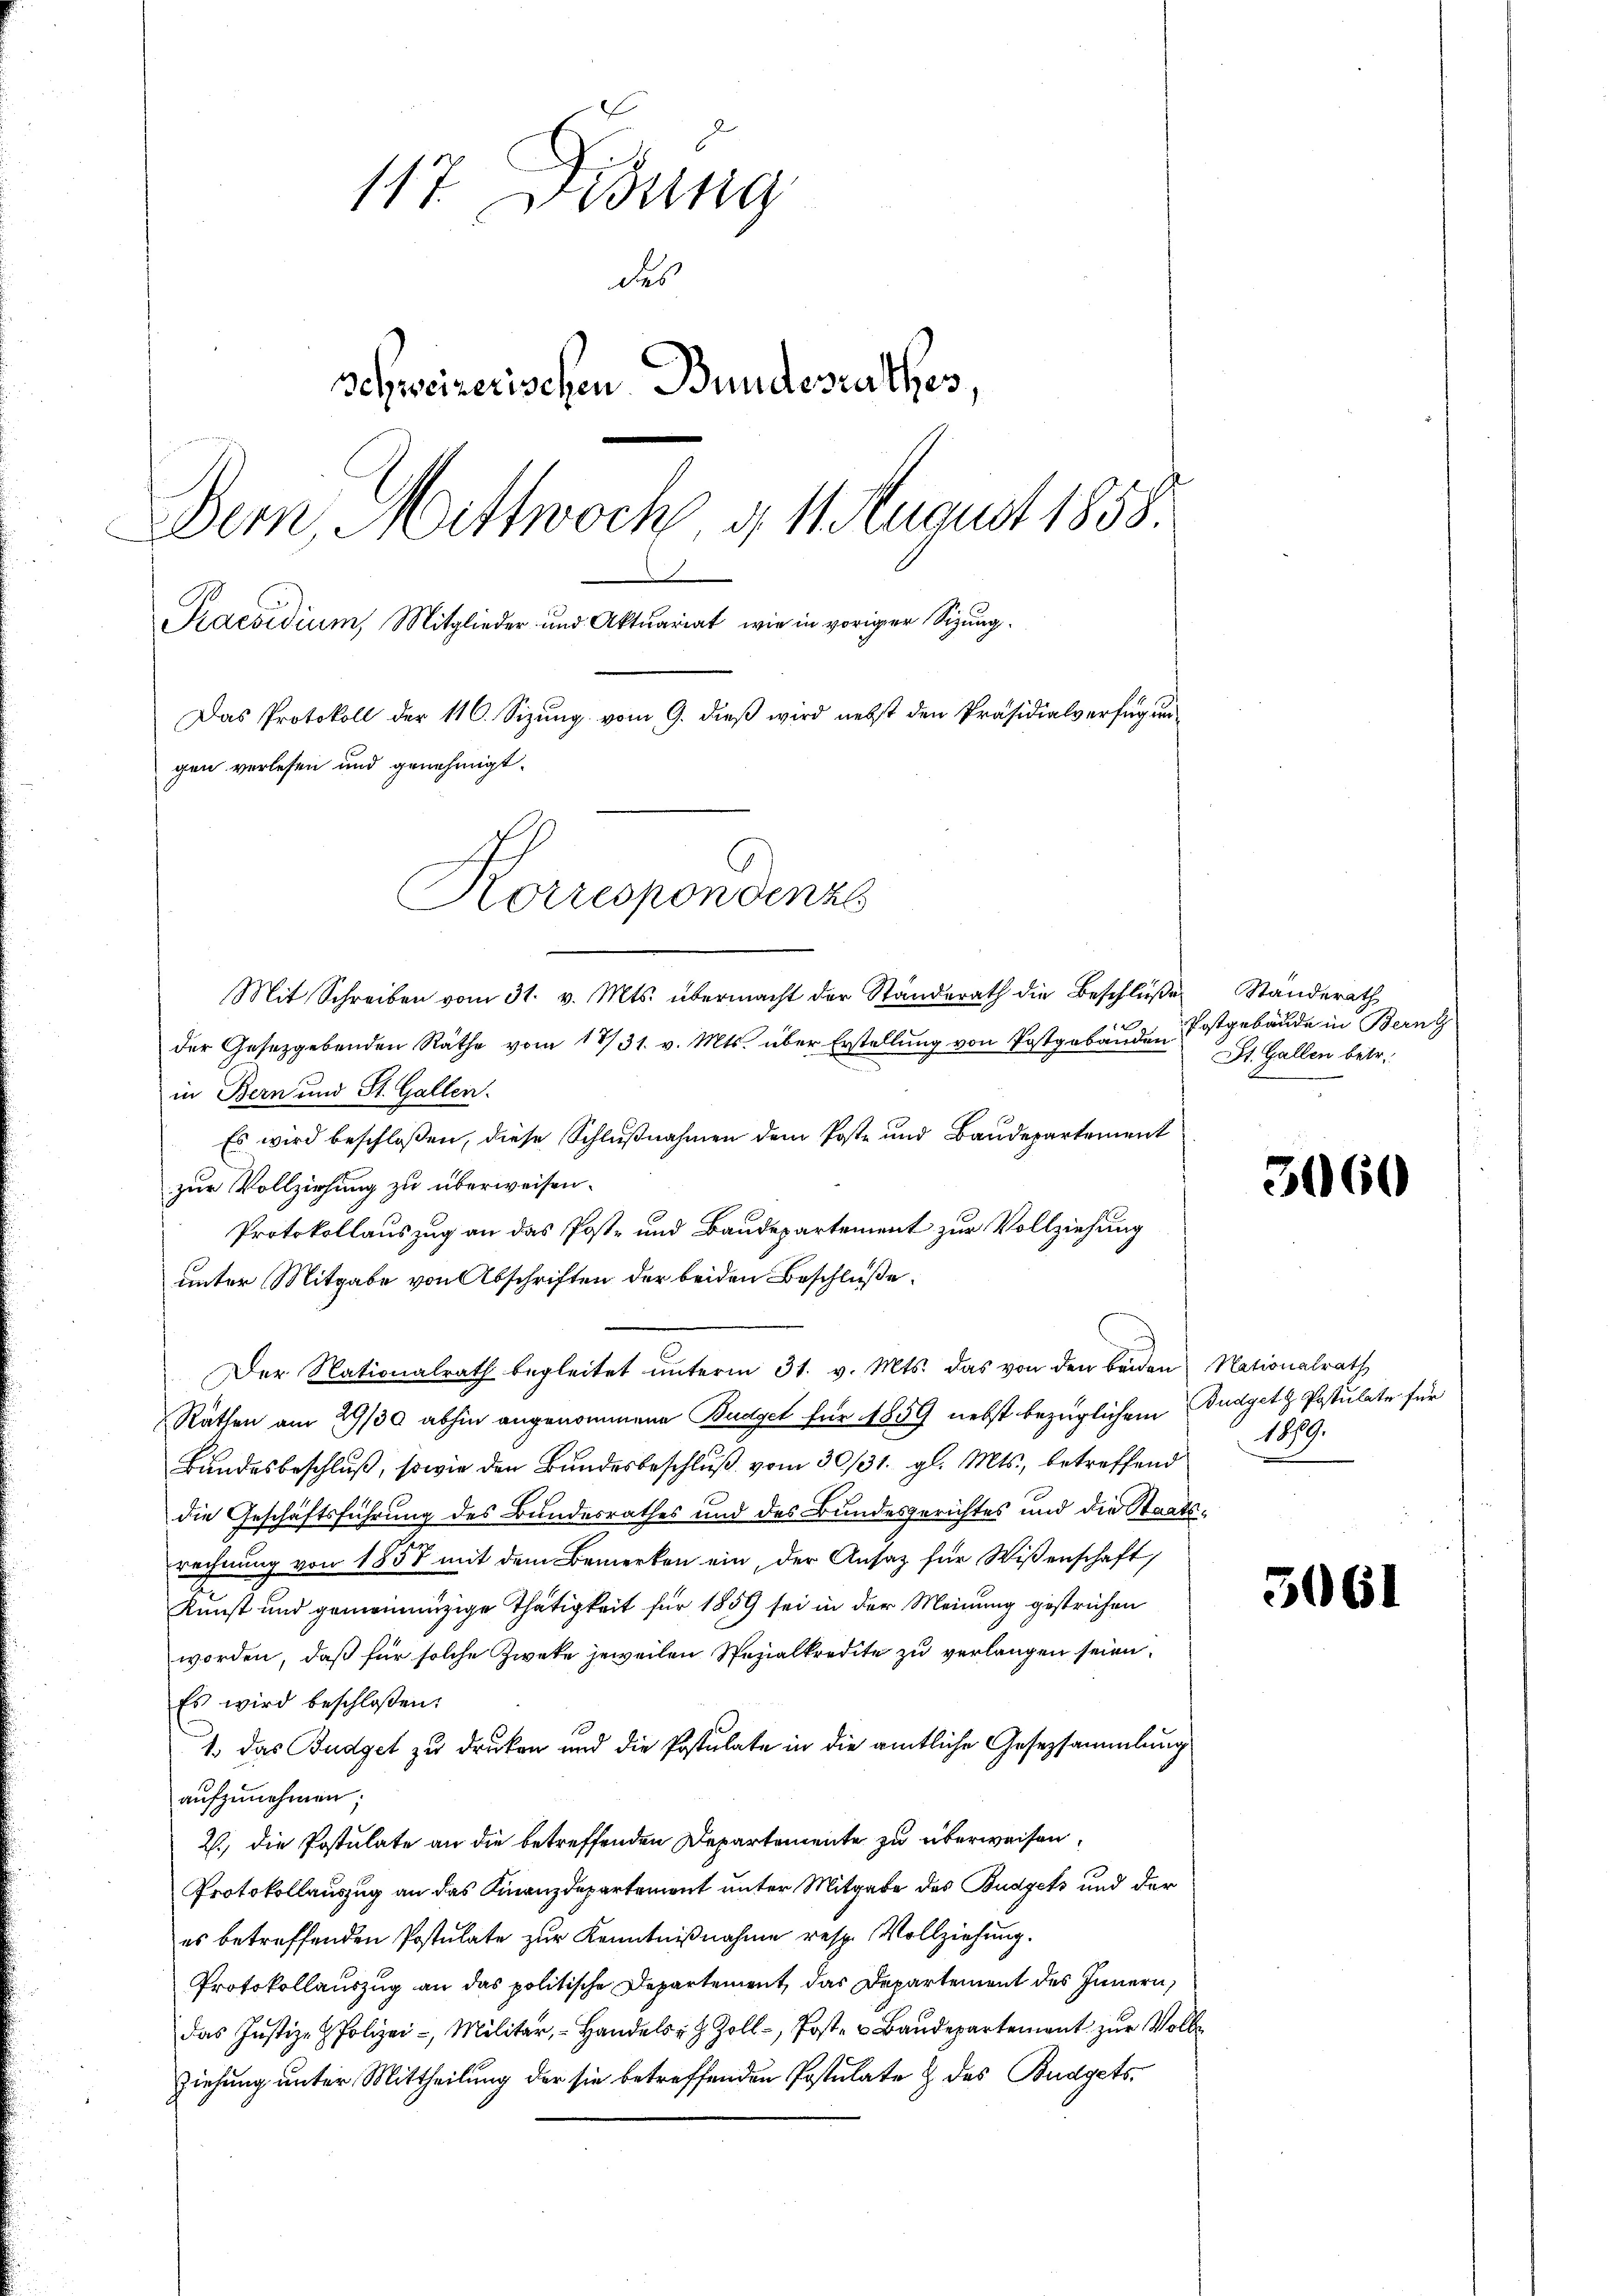
117. Disung
des
schweizerischen Bundesrathes,
Dem Mittwoch d. 14 August 1858.
Praesidium, Mitglieder und Aktuariat, wie in voriger Sizung.
Das Protokoll der 116. Sizŭng vom 9. dieβ wird nebst den Präsidialverfügŭn-
gen verlesen und genehmigt.
Korrespondenze
Mit Schreiben vom 31. v. Mts. übermacht der Standerath die Beschlüße Standerath

der Gesetzgebenden Räthe vom 17/31. v. Mts. über Erstellung von Postgebäuden
in Bern und St. Gallen.
Es wird beschloßen, diese Schlußnahmen dem Poste und Baudepartement
zur Vollziehung zu überweisen.
Protokollauszug an das Post- und Baudepartement zur Vollziehung
unter Mitgabe von Abschriften der beiden Beschluße
Der Nationalrath begleitet ŭnterm 31. v. Mts. das von den beiden Nationalrath
Räthen am 29/30 abhin angenommene Budget für 1859 nebst bezüglichem Budget z. Postulate für
Bundesbeschluß, sowie den Bundesbeschluß vom 30/31. gl. Mts., betreffend
die Geschäftsführung des Bundesrathes und des Bundesgerichtes und die Staatsrechnung von 1857 mit dem Bemerken ein, der Ansatz für Wissenschaft,
Kunst und gemeinnüzige Thätigkeit für 1859 sei in der Meinung gestrichen
worden, daß für solche Zweke jeweilen Spezialkredite zu verlangen seien.
Es wird beschloßen:
1. Das Budget zu drucken und die Postulate in die amtliche Gesetzsammlung
aŭfzŭnehmen;
2., die Postulate an die betreffenden Departemente zu überweisen,
Protokollauszug an das Finanzdepartement unter Mitgabe des Budgets und der
es betreffenden Postulate zur Kenntnißnahme resp. Vollziehung.
Protokollauszug an das politische Departement, das Departement des Innern,
das Justiz- & Polizei-, Militär, Handels- & Zoll-, Post- u Baŭdepartement zŭr Voll-
ziehung unter Mittheilung der sie betreffenden Postulate & des Budgets¬

Postgebäude in Bern g
St. Gallen betr.

3060

1879.

5061